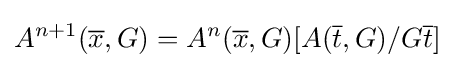
A^{n+1}({\overline {x}},G)=A^{n}({\overline {x}},G)[A({\overline {t}},G)/G{\overline {t}}]